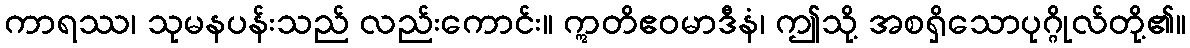
ကာရဿ၊ သုမနပန်းသည် လည်းကောင်း။ ဣတိဧဝမာဒီနံ၊ ဤသို့ အစရှိသောပုဂ္ဂိုလ်တို့၏။